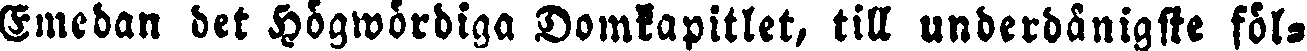
Emedan det Högwördiga Domkapitlet, till underdånigste föl-